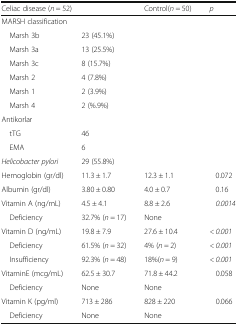
<table><thead><tr><td colspan="2"><b>Celiac disease (<i>n</i> = 52)</b></td><td><b>Control(<i>n</i> = 50)</b></td><td><b><i>p</i></b></td></tr></thead><tbody><tr><td colspan="4">MARSH classification</td></tr><tr><td> Marsh 3b</td><td>23 (45.1%)</td><td>[EMPTY_CELL]</td><td>[EMPTY_CELL]</td></tr><tr><td> Marsh 3a</td><td>13 (25.5%)</td><td>[EMPTY_CELL]</td><td>[EMPTY_CELL]</td></tr><tr><td> Marsh 3c</td><td>8 (15.7%)</td><td>[EMPTY_CELL]</td><td>[EMPTY_CELL]</td></tr><tr><td> Marsh 2</td><td>4 (7.8%)</td><td>[EMPTY_CELL]</td><td>[EMPTY_CELL]</td></tr><tr><td> Marsh 1</td><td>2 (3.9%)</td><td>[EMPTY_CELL]</td><td>[EMPTY_CELL]</td></tr><tr><td> Marsh 4</td><td>2 (%.9%)</td><td>[EMPTY_CELL]</td><td>[EMPTY_CELL]</td></tr><tr><td colspan="4">Antikorlar</td></tr><tr><td> tTG</td><td>46</td><td>[EMPTY_CELL]</td><td>[EMPTY_CELL]</td></tr><tr><td> EMA</td><td>6</td><td>[EMPTY_CELL]</td><td>[EMPTY_CELL]</td></tr><tr><td><i>Helicobacter pylori</i></td><td>29 (55.8%)</td><td>[EMPTY_CELL]</td><td>[EMPTY_CELL]</td></tr><tr><td>Hemoglobin (gr/dl)</td><td>11.3 ± 1.7</td><td>12.3 ± 1.1</td><td>0.072</td></tr><tr><td>Albumin (gr/dl)</td><td>3.80 ± 0.80</td><td>4.0 ± 0.7</td><td>0.16</td></tr><tr><td>Vitamin A (ng/mL)</td><td>4.5 ± 4.1</td><td>8.8 ± 2.6</td><td><i>0.0014</i></td></tr><tr><td> Deficiency</td><td>32.7% (<i>n</i> = 17)</td><td>None</td><td>[EMPTY_CELL]</td></tr><tr><td>Vitamin D (ng/mL)</td><td>19.8 ± 7.9</td><td>27.6 ± 10.4</td><td><i>&lt; 0.001</i></td></tr><tr><td> Deficiency</td><td>61.5% (<i>n</i> = 32)</td><td>4% (<i>n</i> = 2)</td><td><i>&lt; 0.001</i></td></tr><tr><td> Insufficiency</td><td>92.3% (<i>n</i> = 48)</td><td>18%(<i>n</i> = 9)</td><td><i>&lt; 0.001</i></td></tr><tr><td>VitaminE (mcg/mL)</td><td>62.5 ± 30.7</td><td>71.8 ± 44.2</td><td>0.058</td></tr><tr><td> Deficiency</td><td>None</td><td>None</td><td>[EMPTY_CELL]</td></tr><tr><td>Vitamin K (pg/ml)</td><td>713 ± 286</td><td>828 ± 220</td><td>0.066</td></tr><tr><td> Deficiency</td><td>None</td><td>None</td><td>[EMPTY_CELL]</td></tr></tbody></table>